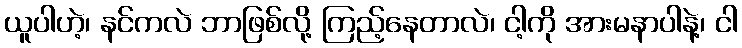
ယူပါဟဲ့၊ နင်ကလဲ ဘာဖြစ်လို့ ကြည့်နေတာလဲ၊ ငါ့ကို အားမနာပါနဲ့၊ ငါ